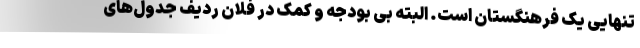
تنهایی یک فرهنگستان است. البته بی بودجه و کمک در فلان ردیف جدول‌های